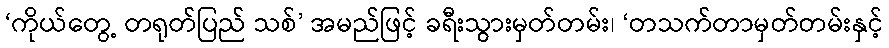
‘ကိုယ်တွေ့ တရုတ်ပြည် သစ်’ အမည်ဖြင့် ခရီးသွားမှတ်တမ်း၊ ‘တသက်တာမှတ်တမ်းနှင့်